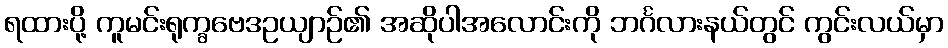
ရထားပို့ ကူမင်းရုက္ခဗေဒဥယျာဉ်၏ အဆိုပါအလောင်းကို ဘင်္ဂလားနယ်တွင် ကွင်းလယ်မှာ